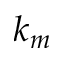
k _ { m }